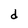
Character: d